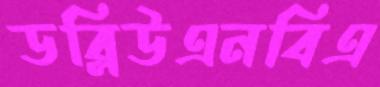
ডব্লিউএনবিএ